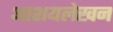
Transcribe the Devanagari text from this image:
आशयलेखन